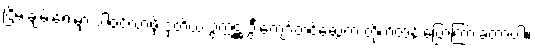
ငြိမ်းချမ်းရေးမှာ ပါဝင်လာဖို့ ဒုတိယ ဥက္ကဋ္ဌ ဦးကျော်တင့်ဆွေက တိုက်တွန်းပြောကြားခဲ့တာပါ။